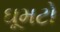
ઘૂમટો